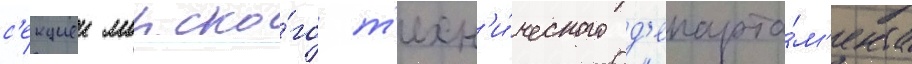
с'екциеи морско́го т'ехн'и́ческого д'епарта́м'ента